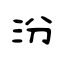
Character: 汾